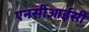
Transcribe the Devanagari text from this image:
एनसीआईसी